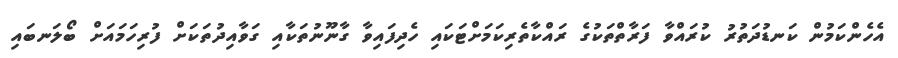
އެހެންކަމުން ކަނޑުދަތުރު ކުރައްވާ ފަރާތްތަކުގެ ރައްކާތެރިކަމަށްޓަކައި ހެދިފައިވާ ގާނޫނުތަކާއި ގަވާއިދުތަކަށް ފުރިހަމައަށް ބޯލަނބައި